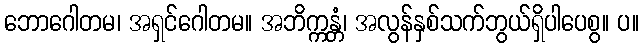
ဘောဂေါတမ၊ အရှင်ဂေါတမ။ အဘိက္ကန္တံ၊ အလွန်နှစ်သက်ဘွယ်ရှိပါပေစွ။ ပ။